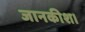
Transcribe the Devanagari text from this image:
जानकीश।